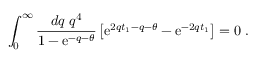
\int _ { 0 } ^ { \infty } \frac { d q \; q ^ { 4 } } { 1 - \mathrm { e } ^ { - q - \theta } } \left[ \mathrm { e } ^ { 2 q t _ { 1 } - q - \theta } - \mathrm { e } ^ { - 2 q t _ { 1 } } \right] = 0 \; .